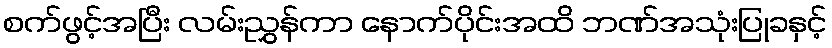
စက်ဖွင့်အပြီး လမ်းညွှန်ကာ နောက်ပိုင်းအထိ ဘဏ်အသုံးပြုခနှင့်